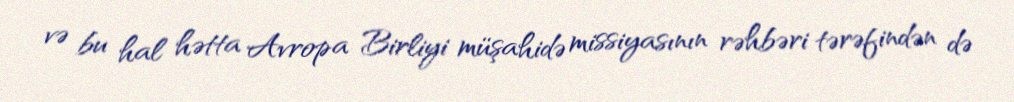
və bu hal hətta Avropa Birliyi müşahidə missiyasının rəhbəri tərəfindən də